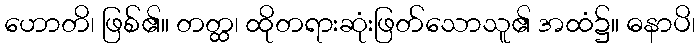
ဟောတိ၊ ဖြစ်၏။ တတ္ထ၊ ထိုတရားဆုံးဖြတ်သောသူ၏ အထံ၌။ ဓနာပိ၊